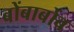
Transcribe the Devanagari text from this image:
बोंबाबोंब